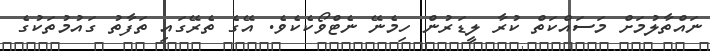
ނައްތާލުމަށް މަސައްކަތް ކުރާ ލީޑަރުން ހިމެނޭ ނެޓްވޯކެކެވެ. އޭގެ ތެރޭގައި ތަފާތު ގައުމުތަކުގެ